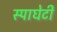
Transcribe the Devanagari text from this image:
स्पाघेटी